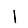
Digit: 1